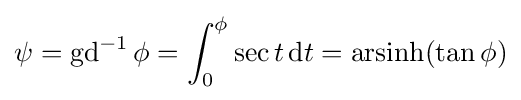
\psi =\operatorname {gd} ^{-1}\phi =\int _{0}^{\phi }\operatorname {sec} t\,\mathrm {d} t=\operatorname {arsinh} (\tan \phi )